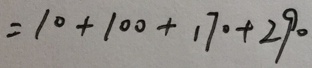
= 1 0 + 1 0 0 + 1 7 0 + 2 9 0